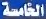
الخامسة